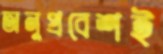
অনুপ্রবেশই